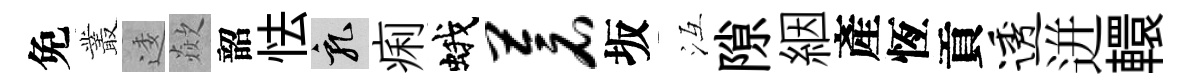
免叢逶歘韶怯乳痢蛾苍坂冱隙絪產恆貢透迸轘